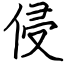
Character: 侵